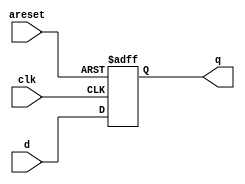
module top_module (
    input clk,
    input areset,   // active high asynchronous reset
    input [7:0] d,
    output [7:0] q
);
    
    always @ (posedge clk or posedge areset) begin
		if (areset)
			q <= 8'b0;
		else
			q <= d;
	end

endmodule